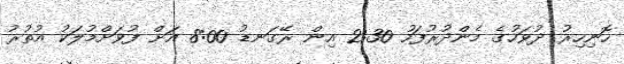
ހޮނިހިރު ދުވަހުގެ މެންދުރުފަހު 2:30 އިން ރޭގަނޑު 8:00 އަށް ފުވަށްމުލަކު އުތުރު